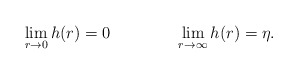
\begin{align*}\lim_{r \rightarrow 0} h(r)= 0 \qquad \qquad \lim_{r \rightarrow \infty} h(r)=\eta .\end{align*}